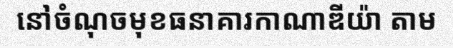
នៅចំណុចមុខធនាគារកាណាឌីយ៉ា តាម